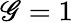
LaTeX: \mathscr{G}=1